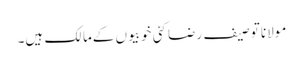
مولانا توصیف رضا کئی خوبیوں کےمالک ہیں۔